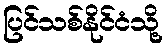
ပြင်သစ်နိုင်ငံသို့